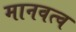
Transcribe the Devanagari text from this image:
मानवत्व